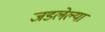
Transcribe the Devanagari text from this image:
जडलेल्या